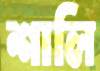
শালি